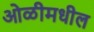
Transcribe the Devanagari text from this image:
ओळीमधील